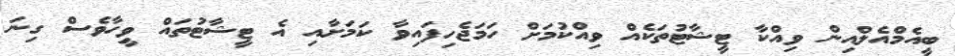
ބީއެމްއެލްއިން ވިއްކާ ޓީޝާޓުތަކެއް ވިއްކުމަށް ހަމަޖެހިފައިވާ ކަމަށާއި އެ ޓީޝާޓުތައް ވީހާވެސް ގިނަ